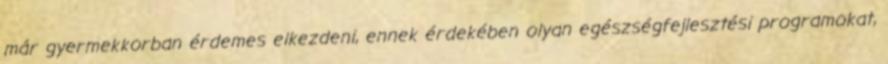
már gyermekkorban érdemes elkezdeni, ennek érdekében olyan egészségfejlesztési programokat,